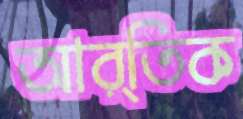
আর্তিক